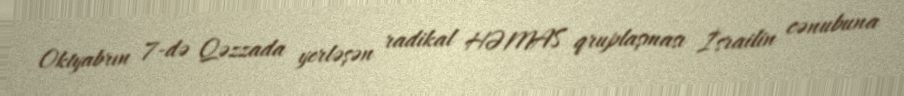
Oktyabrın 7-də Qəzzada yerləşən radikal HƏMAS qruplaşması İsrailin cənubuna